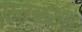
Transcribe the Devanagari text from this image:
एतक्यात